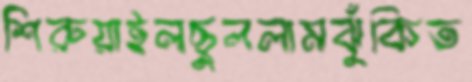
শিরুয়াইলছুললামঝুঁকিত